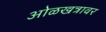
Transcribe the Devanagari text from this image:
ओळखत्रावर